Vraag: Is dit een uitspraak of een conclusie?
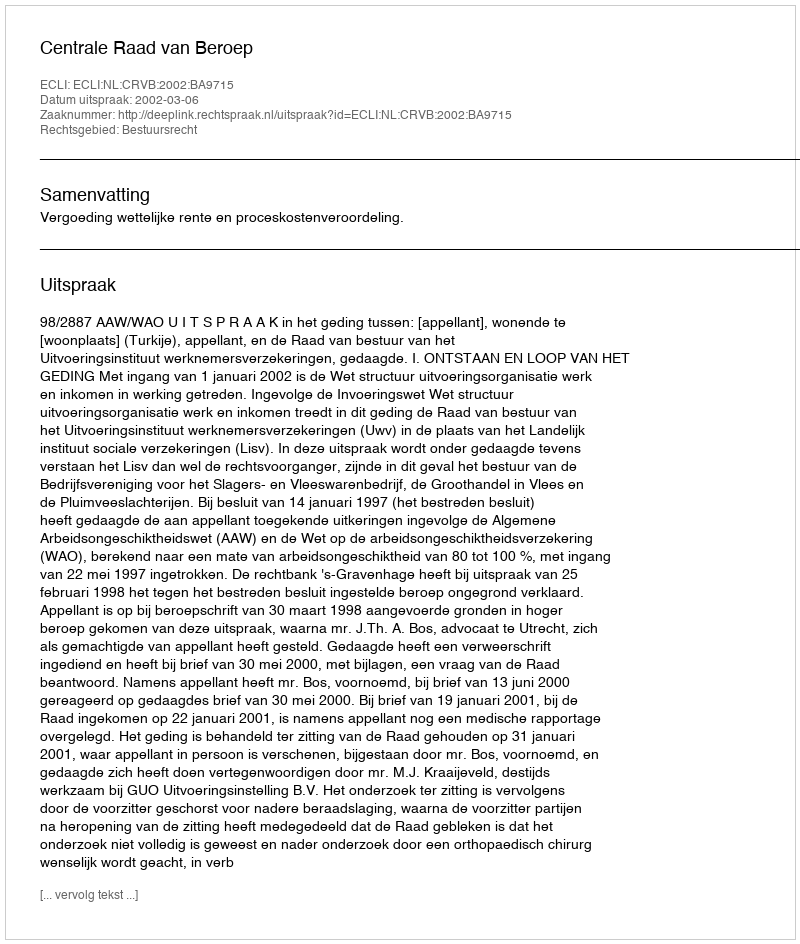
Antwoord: Uitspraak